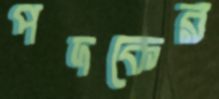
পদকের